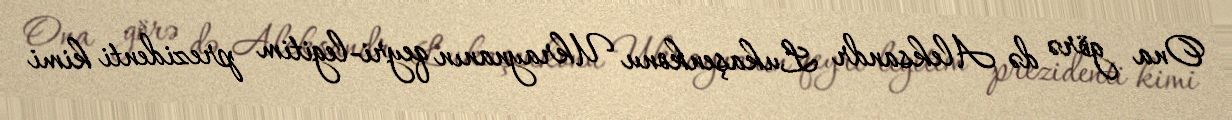
Ona görə də Aleksandr Lukaşenkonu Ukraynanın qeyri-legitim prezidenti kimi